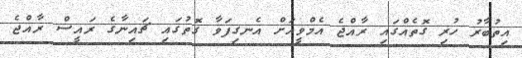
އިތުބާރު ހުރި ގޮތެއްގައި ރާއްޖެ އެމްވީއަށް އެނގިފަވާ ގޮތުގައި ޗައިނާގެ ރައީސް ރާއްޖެ